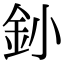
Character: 釥